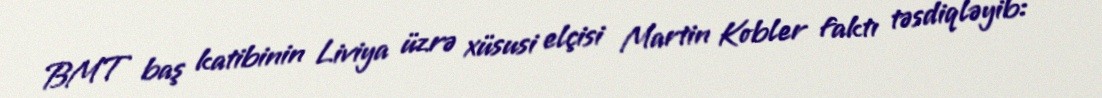
BMT baş katibinin Liviya üzrə xüsusi elçisi Martin Kobler faktı təsdiqləyib: